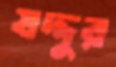
যদ্দুর